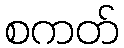
စကတ်